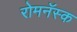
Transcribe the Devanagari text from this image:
रोमनॅस्क